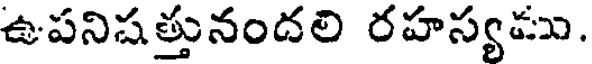
ఉపనిషత్తునందలి రహస్యము.